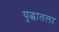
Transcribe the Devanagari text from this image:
युद्धातला